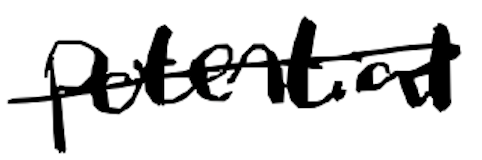
Text: potential
Cross-out: single-line
Writing tool: digital_black